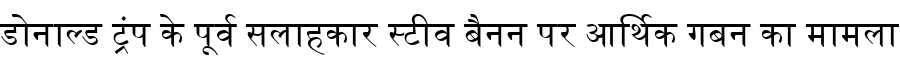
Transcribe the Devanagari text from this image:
डोनाल्ड ट्रंप के पूर्व सलाहकार स्टीव बैनन पर आर्थिक गबन का मामला